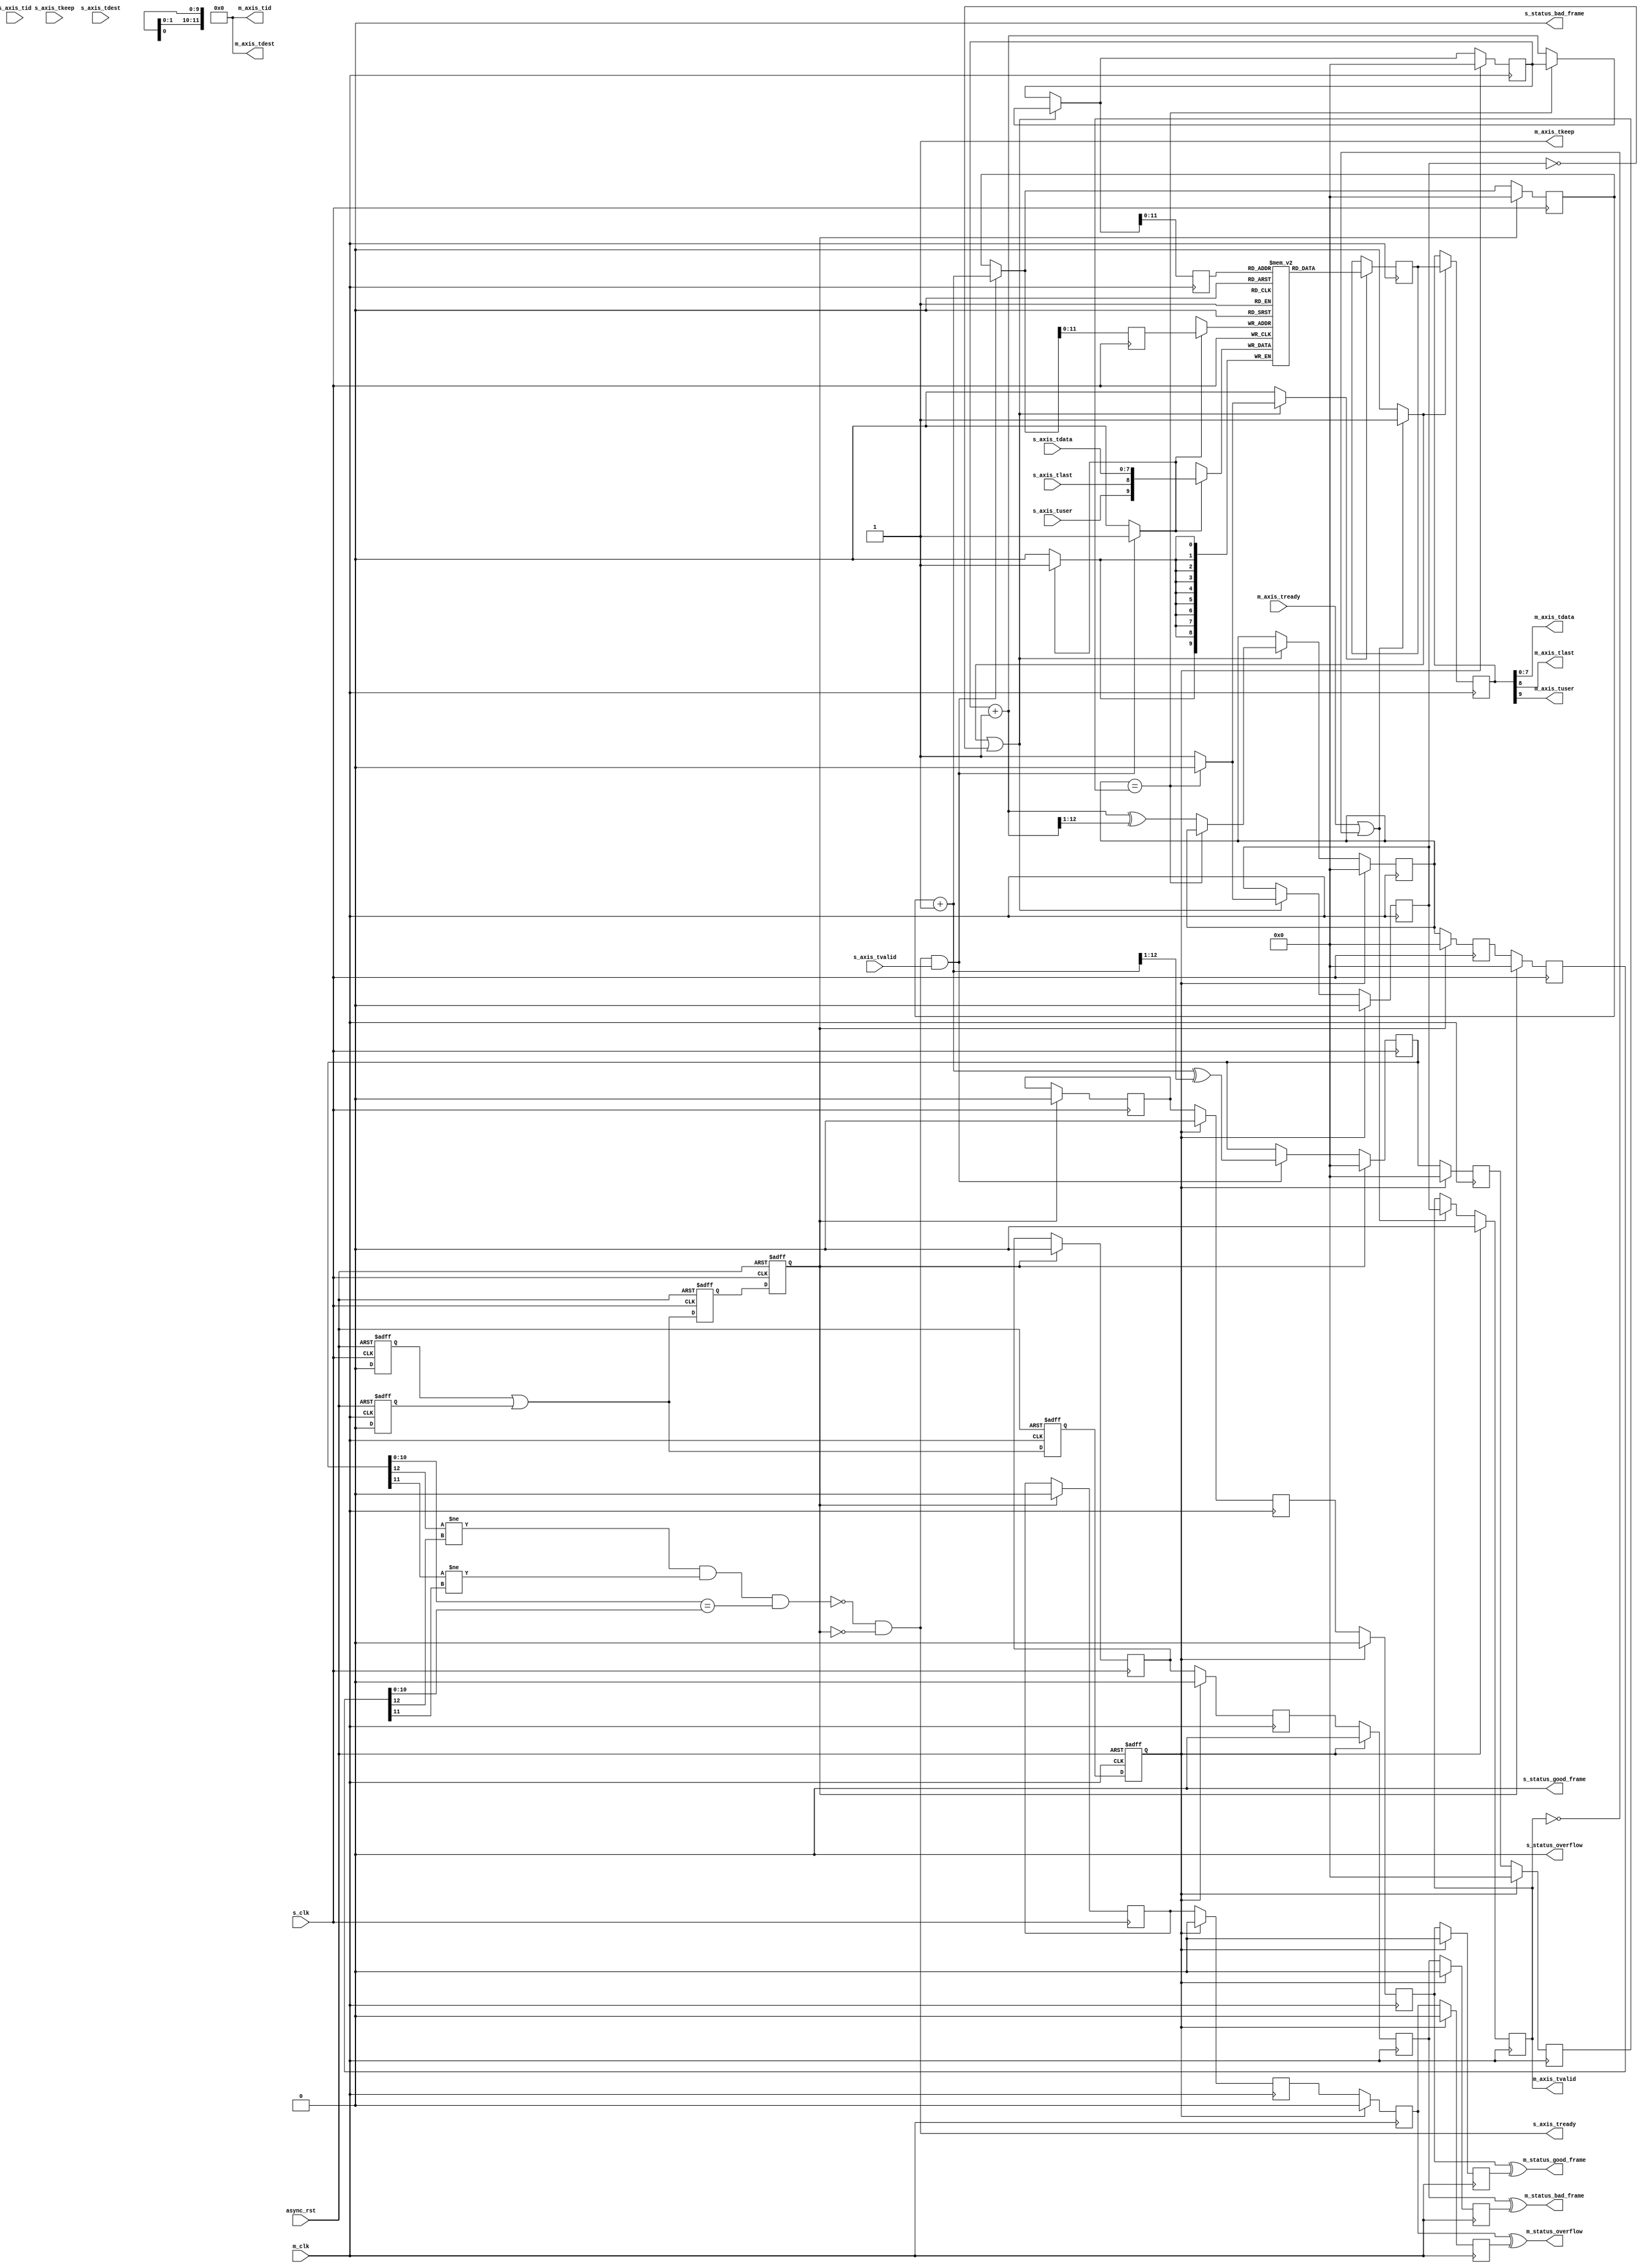
/*

Copyright (c) 2014-2018 Alex Forencich

Permission is hereby granted, free of charge, to any person obtaining a copy
of this software and associated documentation files (the "Software"), to deal
in the Software without restriction, including without limitation the rights
to use, copy, modify, merge, publish, distribute, sublicense, and/or sell
copies of the Software, and to permit persons to whom the Software is
furnished to do so, subject to the following conditions:

The above copyright notice and this permission notice shall be included in
all copies or substantial portions of the Software.

THE SOFTWARE IS PROVIDED "AS IS", WITHOUT WARRANTY OF ANY KIND, EXPRESS OR
IMPLIED, INCLUDING BUT NOT LIMITED TO THE WARRANTIES OF MERCHANTABILITY
FITNESS FOR A PARTICULAR PURPOSE AND NONINFRINGEMENT. IN NO EVENT SHALL THE
AUTHORS OR COPYRIGHT HOLDERS BE LIABLE FOR ANY CLAIM, DAMAGES OR OTHER
LIABILITY, WHETHER IN AN ACTION OF CONTRACT, TORT OR OTHERWISE, ARISING FROM,
OUT OF OR IN CONNECTION WITH THE SOFTWARE OR THE USE OR OTHER DEALINGS IN
THE SOFTWARE.

*/

// Language: Verilog 2001

`timescale 1ns / 1ps

/*
 * AXI4-Stream asynchronous FIFO
 */
module axis_async_fifo #
(
    // FIFO depth in words
    // KEEP_WIDTH words per cycle if KEEP_ENABLE set
    // Rounded up to nearest power of 2 cycles
    parameter DEPTH = 4096,
    // Width of AXI stream interfaces in bits
    parameter DATA_WIDTH = 8,
    // Propagate tkeep signal
    // If disabled, tkeep assumed to be 1'b1
    parameter KEEP_ENABLE = (DATA_WIDTH>8),
    // tkeep signal width (words per cycle)
    parameter KEEP_WIDTH = (DATA_WIDTH/8),
    // Propagate tlast signal
    parameter LAST_ENABLE = 1,
    // Propagate tid signal
    parameter ID_ENABLE = 0,
    // tid signal width
    parameter ID_WIDTH = 8,
    // Propagate tdest signal
    parameter DEST_ENABLE = 0,
    // tdest signal width
    parameter DEST_WIDTH = 8,
    // Propagate tuser signal
    parameter USER_ENABLE = 1,
    // tuser signal width
    parameter USER_WIDTH = 1,
    // Frame FIFO mode - operate on frames instead of cycles
    // When set, m_axis_tvalid will not be deasserted within a frame
    // Requires LAST_ENABLE set
    parameter FRAME_FIFO = 0,
    // tuser value for bad frame marker
    parameter USER_BAD_FRAME_VALUE = 1'b1,
    // tuser mask for bad frame marker
    parameter USER_BAD_FRAME_MASK = 1'b1,
    // Drop frames marked bad
    // Requires FRAME_FIFO set
    parameter DROP_BAD_FRAME = 0,
    // Drop incoming frames when full
    // When set, s_axis_tready is always asserted
    // Requires FRAME_FIFO set
    parameter DROP_WHEN_FULL = 0
)
(
    /*
     * Common asynchronous reset
     */
    input  wire                   async_rst,

    /*
     * AXI input
     */
    input  wire                   s_clk,
    input  wire [DATA_WIDTH-1:0]  s_axis_tdata,
    input  wire [KEEP_WIDTH-1:0]  s_axis_tkeep,
    input  wire                   s_axis_tvalid,
    output wire                   s_axis_tready,
    input  wire                   s_axis_tlast,
    input  wire [ID_WIDTH-1:0]    s_axis_tid,
    input  wire [DEST_WIDTH-1:0]  s_axis_tdest,
    input  wire [USER_WIDTH-1:0]  s_axis_tuser,

    /*
     * AXI output
     */
    input  wire                   m_clk,
    output wire [DATA_WIDTH-1:0]  m_axis_tdata,
    output wire [KEEP_WIDTH-1:0]  m_axis_tkeep,
    output wire                   m_axis_tvalid,
    input  wire                   m_axis_tready,
    output wire                   m_axis_tlast,
    output wire [ID_WIDTH-1:0]    m_axis_tid,
    output wire [DEST_WIDTH-1:0]  m_axis_tdest,
    output wire [USER_WIDTH-1:0]  m_axis_tuser,

    /*
     * Status
     */
    output wire                   s_status_overflow,
    output wire                   s_status_bad_frame,
    output wire                   s_status_good_frame,
    output wire                   m_status_overflow,
    output wire                   m_status_bad_frame,
    output wire                   m_status_good_frame
);

parameter ADDR_WIDTH = (KEEP_ENABLE && KEEP_WIDTH > 1) ? $clog2(DEPTH/KEEP_WIDTH) : $clog2(DEPTH);

// check configuration
initial begin
    if (FRAME_FIFO && !LAST_ENABLE) begin
        $error("Error: FRAME_FIFO set requires LAST_ENABLE set (instance %m)");
        $finish;
    end

    if (DROP_BAD_FRAME && !FRAME_FIFO) begin
        $error("Error: DROP_BAD_FRAME set requires FRAME_FIFO set (instance %m)");
        $finish;
    end

    if (DROP_WHEN_FULL && !FRAME_FIFO) begin
        $error("Error: DROP_WHEN_FULL set requires FRAME_FIFO set (instance %m)");
        $finish;
    end

    if (DROP_BAD_FRAME && (USER_BAD_FRAME_MASK & {USER_WIDTH{1'b1}}) == 0) begin
        $error("Error: Invalid USER_BAD_FRAME_MASK value (instance %m)");
        $finish;
    end
end

localparam KEEP_OFFSET = DATA_WIDTH;
localparam LAST_OFFSET = KEEP_OFFSET + (KEEP_ENABLE ? KEEP_WIDTH : 0);
localparam ID_OFFSET   = LAST_OFFSET + (LAST_ENABLE ? 1          : 0);
localparam DEST_OFFSET = ID_OFFSET   + (ID_ENABLE   ? ID_WIDTH   : 0);
localparam USER_OFFSET = DEST_OFFSET + (DEST_ENABLE ? DEST_WIDTH : 0);
localparam WIDTH       = USER_OFFSET + (USER_ENABLE ? USER_WIDTH : 0);

reg [ADDR_WIDTH:0] wr_ptr_reg = {ADDR_WIDTH+1{1'b0}}, wr_ptr_next;
reg [ADDR_WIDTH:0] wr_ptr_cur_reg = {ADDR_WIDTH+1{1'b0}}, wr_ptr_cur_next;
reg [ADDR_WIDTH:0] wr_ptr_gray_reg = {ADDR_WIDTH+1{1'b0}}, wr_ptr_gray_next;
reg [ADDR_WIDTH:0] wr_ptr_sync_gray_reg = {ADDR_WIDTH+1{1'b0}}, wr_ptr_sync_gray_next;
reg [ADDR_WIDTH:0] wr_ptr_cur_gray_reg = {ADDR_WIDTH+1{1'b0}}, wr_ptr_cur_gray_next;
reg [ADDR_WIDTH:0] wr_addr_reg = {ADDR_WIDTH+1{1'b0}};
reg [ADDR_WIDTH:0] rd_ptr_reg = {ADDR_WIDTH+1{1'b0}}, rd_ptr_next;
reg [ADDR_WIDTH:0] rd_ptr_gray_reg = {ADDR_WIDTH+1{1'b0}}, rd_ptr_gray_next;
reg [ADDR_WIDTH:0] rd_addr_reg = {ADDR_WIDTH+1{1'b0}};

reg [ADDR_WIDTH:0] wr_ptr_gray_sync1_reg = {ADDR_WIDTH+1{1'b0}};
reg [ADDR_WIDTH:0] wr_ptr_gray_sync2_reg = {ADDR_WIDTH+1{1'b0}};
reg [ADDR_WIDTH:0] rd_ptr_gray_sync1_reg = {ADDR_WIDTH+1{1'b0}};
reg [ADDR_WIDTH:0] rd_ptr_gray_sync2_reg = {ADDR_WIDTH+1{1'b0}};

reg wr_ptr_update_valid_reg = 1'b0, wr_ptr_update_valid_next;
reg wr_ptr_update_reg = 1'b0, wr_ptr_update_next;
reg wr_ptr_update_sync1_reg = 1'b0;
reg wr_ptr_update_sync2_reg = 1'b0;
reg wr_ptr_update_sync3_reg = 1'b0;
reg wr_ptr_update_ack_sync1_reg = 1'b0;
reg wr_ptr_update_ack_sync2_reg = 1'b0;

reg s_rst_sync1_reg = 1'b1;
reg s_rst_sync2_reg = 1'b1;
reg s_rst_sync3_reg = 1'b1;
reg m_rst_sync1_reg = 1'b1;
reg m_rst_sync2_reg = 1'b1;
reg m_rst_sync3_reg = 1'b1;

reg [WIDTH-1:0] mem[(2**ADDR_WIDTH)-1:0];
reg [WIDTH-1:0] mem_read_data_reg;
reg mem_read_data_valid_reg = 1'b0, mem_read_data_valid_next;

wire [WIDTH-1:0] s_axis;

reg [WIDTH-1:0] m_axis_reg;
reg m_axis_tvalid_reg = 1'b0, m_axis_tvalid_next;

// full when first TWO MSBs do NOT match, but rest matches
// (gray code equivalent of first MSB different but rest same)
wire full = ((wr_ptr_gray_reg[ADDR_WIDTH] != rd_ptr_gray_sync2_reg[ADDR_WIDTH]) &&
             (wr_ptr_gray_reg[ADDR_WIDTH-1] != rd_ptr_gray_sync2_reg[ADDR_WIDTH-1]) &&
             (wr_ptr_gray_reg[ADDR_WIDTH-2:0] == rd_ptr_gray_sync2_reg[ADDR_WIDTH-2:0]));
wire full_cur = ((wr_ptr_cur_gray_reg[ADDR_WIDTH] != rd_ptr_gray_sync2_reg[ADDR_WIDTH]) &&
                 (wr_ptr_cur_gray_reg[ADDR_WIDTH-1] != rd_ptr_gray_sync2_reg[ADDR_WIDTH-1]) &&
                 (wr_ptr_cur_gray_reg[ADDR_WIDTH-2:0] == rd_ptr_gray_sync2_reg[ADDR_WIDTH-2:0]));
// empty when pointers match exactly
wire empty = rd_ptr_gray_reg == (FRAME_FIFO ? wr_ptr_gray_sync1_reg : wr_ptr_gray_sync2_reg);
// overflow within packet
wire full_wr = ((wr_ptr_reg[ADDR_WIDTH] != wr_ptr_cur_reg[ADDR_WIDTH]) &&
                (wr_ptr_reg[ADDR_WIDTH-1:0] == wr_ptr_cur_reg[ADDR_WIDTH-1:0]));

// control signals
reg write;
reg read;
reg store_output;

reg drop_frame_reg = 1'b0, drop_frame_next;
reg overflow_reg = 1'b0, overflow_next;
reg bad_frame_reg = 1'b0, bad_frame_next;
reg good_frame_reg = 1'b0, good_frame_next;

reg overflow_sync1_reg = 1'b0;
reg overflow_sync2_reg = 1'b0;
reg overflow_sync3_reg = 1'b0;
reg overflow_sync4_reg = 1'b0;
reg bad_frame_sync1_reg = 1'b0;
reg bad_frame_sync2_reg = 1'b0;
reg bad_frame_sync3_reg = 1'b0;
reg bad_frame_sync4_reg = 1'b0;
reg good_frame_sync1_reg = 1'b0;
reg good_frame_sync2_reg = 1'b0;
reg good_frame_sync3_reg = 1'b0;
reg good_frame_sync4_reg = 1'b0;

assign s_axis_tready = (FRAME_FIFO ? (!full_cur || full_wr || DROP_WHEN_FULL) : !full) && !s_rst_sync3_reg;

generate
    assign s_axis[DATA_WIDTH-1:0] = s_axis_tdata;
    if (KEEP_ENABLE) assign s_axis[KEEP_OFFSET +: KEEP_WIDTH] = s_axis_tkeep;
    if (LAST_ENABLE) assign s_axis[LAST_OFFSET]               = s_axis_tlast;
    if (ID_ENABLE)   assign s_axis[ID_OFFSET   +: ID_WIDTH]   = s_axis_tid;
    if (DEST_ENABLE) assign s_axis[DEST_OFFSET +: DEST_WIDTH] = s_axis_tdest;
    if (USER_ENABLE) assign s_axis[USER_OFFSET +: USER_WIDTH] = s_axis_tuser;
endgenerate

assign m_axis_tvalid = m_axis_tvalid_reg;

assign m_axis_tdata = m_axis_reg[DATA_WIDTH-1:0];
assign m_axis_tkeep = KEEP_ENABLE ? m_axis_reg[KEEP_OFFSET +: KEEP_WIDTH] : {KEEP_WIDTH{1'b1}};
assign m_axis_tlast = LAST_ENABLE ? m_axis_reg[LAST_OFFSET]               : 1'b1;
assign m_axis_tid   = ID_ENABLE   ? m_axis_reg[ID_OFFSET   +: ID_WIDTH]   : {ID_WIDTH{1'b0}};
assign m_axis_tdest = DEST_ENABLE ? m_axis_reg[DEST_OFFSET +: DEST_WIDTH] : {DEST_WIDTH{1'b0}};
assign m_axis_tuser = USER_ENABLE ? m_axis_reg[USER_OFFSET +: USER_WIDTH] : {USER_WIDTH{1'b0}};

assign s_status_overflow = overflow_reg;
assign s_status_bad_frame = bad_frame_reg;
assign s_status_good_frame = good_frame_reg;

assign m_status_overflow = overflow_sync3_reg ^ overflow_sync4_reg;
assign m_status_bad_frame = bad_frame_sync3_reg ^ bad_frame_sync4_reg;
assign m_status_good_frame = good_frame_sync3_reg ^ good_frame_sync4_reg;

// reset synchronization
always @(posedge s_clk or posedge async_rst) begin
    if (async_rst) begin
        s_rst_sync1_reg <= 1'b1;
        s_rst_sync2_reg <= 1'b1;
        s_rst_sync3_reg <= 1'b1;
    end else begin
        s_rst_sync1_reg <= 1'b0;
        s_rst_sync2_reg <= s_rst_sync1_reg || m_rst_sync1_reg;
        s_rst_sync3_reg <= s_rst_sync2_reg;
    end
end

always @(posedge m_clk or posedge async_rst) begin
    if (async_rst) begin
        m_rst_sync1_reg <= 1'b1;
        m_rst_sync2_reg <= 1'b1;
        m_rst_sync3_reg <= 1'b1;
    end else begin
        m_rst_sync1_reg <= 1'b0;
        m_rst_sync2_reg <= s_rst_sync1_reg || m_rst_sync1_reg;
        m_rst_sync3_reg <= m_rst_sync2_reg;
    end
end

// Write logic
always @* begin
    write = 1'b0;

    drop_frame_next = drop_frame_reg;
    overflow_next = 1'b0;
    bad_frame_next = 1'b0;
    good_frame_next = 1'b0;

    wr_ptr_next = wr_ptr_reg;
    wr_ptr_cur_next = wr_ptr_cur_reg;
    wr_ptr_gray_next = wr_ptr_gray_reg;
    wr_ptr_sync_gray_next = wr_ptr_sync_gray_reg;
    wr_ptr_cur_gray_next = wr_ptr_cur_gray_reg;

    wr_ptr_update_valid_next = wr_ptr_update_valid_reg;
    wr_ptr_update_next = wr_ptr_update_reg;

    if (FRAME_FIFO && wr_ptr_update_valid_reg) begin
        // have updated pointer to sync
        if (wr_ptr_update_next == wr_ptr_update_ack_sync2_reg) begin
            // no sync in progress; sync update
            wr_ptr_update_valid_next = 1'b0;
            wr_ptr_sync_gray_next = wr_ptr_gray_reg;
            wr_ptr_update_next = !wr_ptr_update_ack_sync2_reg;
        end
    end

    if (s_axis_tready && s_axis_tvalid) begin
        // transfer in
        if (!FRAME_FIFO) begin
            // normal FIFO mode
            write = 1'b1;
            wr_ptr_next = wr_ptr_reg + 1;
            wr_ptr_gray_next = wr_ptr_next ^ (wr_ptr_next >> 1);
        end else if (full_cur || full_wr || drop_frame_reg) begin
            // full, packet overflow, or currently dropping frame
            // drop frame
            drop_frame_next = 1'b1;
            if (s_axis_tlast) begin
                // end of frame, reset write pointer
                wr_ptr_cur_next = wr_ptr_reg;
                wr_ptr_cur_gray_next = wr_ptr_cur_next ^ (wr_ptr_cur_next >> 1);
                drop_frame_next = 1'b0;
                overflow_next = 1'b1;
            end
        end else begin
            write = 1'b1;
            wr_ptr_cur_next = wr_ptr_cur_reg + 1;
            wr_ptr_cur_gray_next = wr_ptr_cur_next ^ (wr_ptr_cur_next >> 1);
            if (s_axis_tlast) begin
                // end of frame
                if (DROP_BAD_FRAME && USER_BAD_FRAME_MASK & ~(s_axis_tuser ^ USER_BAD_FRAME_VALUE)) begin
                    // bad packet, reset write pointer
                    wr_ptr_cur_next = wr_ptr_reg;
                    wr_ptr_cur_gray_next = wr_ptr_cur_next ^ (wr_ptr_cur_next >> 1);
                    bad_frame_next = 1'b1;
                end else begin
                    // good packet, update write pointer
                    wr_ptr_next = wr_ptr_cur_reg + 1;
                    wr_ptr_gray_next = wr_ptr_next ^ (wr_ptr_next >> 1);

                    if (wr_ptr_update_next == wr_ptr_update_ack_sync2_reg) begin
                        // no sync in progress; sync update
                        wr_ptr_update_valid_next = 1'b0;
                        wr_ptr_sync_gray_next = wr_ptr_gray_next;
                        wr_ptr_update_next = !wr_ptr_update_ack_sync2_reg;
                    end else begin
                        // sync in progress; flag it for later
                        wr_ptr_update_valid_next = 1'b1;
                    end

                    good_frame_next = 1'b1;
                end
            end
        end
    end
end

always @(posedge s_clk) begin
    if (s_rst_sync3_reg) begin
        wr_ptr_reg <= {ADDR_WIDTH+1{1'b0}};
        wr_ptr_cur_reg <= {ADDR_WIDTH+1{1'b0}};
        wr_ptr_gray_reg <= {ADDR_WIDTH+1{1'b0}};
        wr_ptr_sync_gray_reg <= {ADDR_WIDTH+1{1'b0}};
        wr_ptr_cur_gray_reg <= {ADDR_WIDTH+1{1'b0}};

        wr_ptr_update_valid_reg <= 1'b0;
        wr_ptr_update_reg <= 1'b0;

        drop_frame_reg <= 1'b0;
        overflow_reg <= 1'b0;
        bad_frame_reg <= 1'b0;
        good_frame_reg <= 1'b0;
    end else begin
        wr_ptr_reg <= wr_ptr_next;
        wr_ptr_cur_reg <= wr_ptr_cur_next;
        wr_ptr_gray_reg <= wr_ptr_gray_next;
        wr_ptr_sync_gray_reg <= wr_ptr_sync_gray_next;
        wr_ptr_cur_gray_reg <= wr_ptr_cur_gray_next;

        wr_ptr_update_valid_reg <= wr_ptr_update_valid_next;
        wr_ptr_update_reg <= wr_ptr_update_next;

        drop_frame_reg <= drop_frame_next;
        overflow_reg <= overflow_next;
        bad_frame_reg <= bad_frame_next;
        good_frame_reg <= good_frame_next;
    end

    if (FRAME_FIFO) begin
        wr_addr_reg <= wr_ptr_cur_next;
    end else begin
        wr_addr_reg <= wr_ptr_next;
    end

    if (write) begin
        mem[wr_addr_reg[ADDR_WIDTH-1:0]] <= s_axis;
    end
end

// pointer synchronization
always @(posedge s_clk) begin
    if (s_rst_sync3_reg) begin
        rd_ptr_gray_sync1_reg <= {ADDR_WIDTH+1{1'b0}};
        rd_ptr_gray_sync2_reg <= {ADDR_WIDTH+1{1'b0}};
        wr_ptr_update_ack_sync1_reg <= 1'b0;
        wr_ptr_update_ack_sync2_reg <= 1'b0;
    end else begin
        rd_ptr_gray_sync1_reg <= rd_ptr_gray_reg;
        rd_ptr_gray_sync2_reg <= rd_ptr_gray_sync1_reg;
        wr_ptr_update_ack_sync1_reg <= wr_ptr_update_sync3_reg;
        wr_ptr_update_ack_sync2_reg <= wr_ptr_update_ack_sync1_reg;
    end
end

always @(posedge m_clk) begin
    if (m_rst_sync3_reg) begin
        wr_ptr_gray_sync1_reg <= {ADDR_WIDTH+1{1'b0}};
        wr_ptr_gray_sync2_reg <= {ADDR_WIDTH+1{1'b0}};
        wr_ptr_update_sync1_reg <= 1'b0;
        wr_ptr_update_sync2_reg <= 1'b0;
        wr_ptr_update_sync3_reg <= 1'b0;
    end else begin
        if (!FRAME_FIFO) begin
            wr_ptr_gray_sync1_reg <= wr_ptr_gray_reg;
        end else if (wr_ptr_update_sync2_reg ^ wr_ptr_update_sync3_reg) begin
            wr_ptr_gray_sync1_reg <= wr_ptr_sync_gray_reg;
        end
        wr_ptr_gray_sync2_reg <= wr_ptr_gray_sync1_reg;
        wr_ptr_update_sync1_reg <= wr_ptr_update_reg;
        wr_ptr_update_sync2_reg <= wr_ptr_update_sync1_reg;
        wr_ptr_update_sync3_reg <= wr_ptr_update_sync2_reg;
    end
end

// status synchronization
always @(posedge s_clk) begin
    if (s_rst_sync3_reg) begin
        overflow_sync1_reg <= 1'b0;
        bad_frame_sync1_reg <= 1'b0;
        good_frame_sync1_reg <= 1'b0;
    end else begin
        overflow_sync1_reg <= overflow_sync1_reg ^ overflow_reg;
        bad_frame_sync1_reg <= bad_frame_sync1_reg ^ bad_frame_reg;
        good_frame_sync1_reg <= good_frame_sync1_reg ^ good_frame_reg;
    end
end

always @(posedge m_clk) begin
    if (m_rst_sync3_reg) begin
        overflow_sync2_reg <= 1'b0;
        overflow_sync3_reg <= 1'b0;
        overflow_sync4_reg <= 1'b0;
        bad_frame_sync2_reg <= 1'b0;
        bad_frame_sync3_reg <= 1'b0;
        bad_frame_sync4_reg <= 1'b0;
        good_frame_sync2_reg <= 1'b0;
        good_frame_sync3_reg <= 1'b0;
        good_frame_sync4_reg <= 1'b0;
    end else begin
        overflow_sync2_reg <= overflow_sync1_reg;
        overflow_sync3_reg <= overflow_sync2_reg;
        overflow_sync4_reg <= overflow_sync3_reg;
        bad_frame_sync2_reg <= bad_frame_sync1_reg;
        bad_frame_sync3_reg <= bad_frame_sync2_reg;
        bad_frame_sync4_reg <= bad_frame_sync3_reg;
        good_frame_sync2_reg <= good_frame_sync1_reg;
        good_frame_sync3_reg <= good_frame_sync2_reg;
        good_frame_sync4_reg <= good_frame_sync3_reg;
    end
end

// Read logic
always @* begin
    read = 1'b0;

    rd_ptr_next = rd_ptr_reg;
    rd_ptr_gray_next = rd_ptr_gray_reg;

    mem_read_data_valid_next = mem_read_data_valid_reg;

    if (store_output || !mem_read_data_valid_reg) begin
        // output data not valid OR currently being transferred
        if (!empty) begin
            // not empty, perform read
            read = 1'b1;
            mem_read_data_valid_next = 1'b1;
            rd_ptr_next = rd_ptr_reg + 1;
            rd_ptr_gray_next = rd_ptr_next ^ (rd_ptr_next >> 1);
        end else begin
            // empty, invalidate
            mem_read_data_valid_next = 1'b0;
        end
    end
end

always @(posedge m_clk) begin
    if (m_rst_sync3_reg) begin
        rd_ptr_reg <= {ADDR_WIDTH+1{1'b0}};
        rd_ptr_gray_reg <= {ADDR_WIDTH+1{1'b0}};
        mem_read_data_valid_reg <= 1'b0;
    end else begin
        rd_ptr_reg <= rd_ptr_next;
        rd_ptr_gray_reg <= rd_ptr_gray_next;
        mem_read_data_valid_reg <= mem_read_data_valid_next;
    end

    rd_addr_reg <= rd_ptr_next;

    if (read) begin
        mem_read_data_reg <= mem[rd_addr_reg[ADDR_WIDTH-1:0]];
    end
end

// Output register
always @* begin
    store_output = 1'b0;

    m_axis_tvalid_next = m_axis_tvalid_reg;

    if (m_axis_tready || !m_axis_tvalid) begin
        store_output = 1'b1;
        m_axis_tvalid_next = mem_read_data_valid_reg;
    end
end

always @(posedge m_clk) begin
    if (m_rst_sync3_reg) begin
        m_axis_tvalid_reg <= 1'b0;
    end else begin
        m_axis_tvalid_reg <= m_axis_tvalid_next;
    end

    if (store_output) begin
        m_axis_reg <= mem_read_data_reg;
    end
end

endmodule